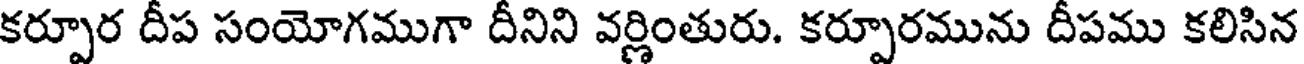
కర్పూర దీప సంయోగముగా దీనిని వర్ణింతురు. కర్పూరమును దీపము కలిసిన